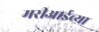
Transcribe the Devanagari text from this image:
मरीआईच्या